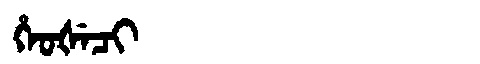
Manchu: ᡥᡝᠣᡧᡝᠴᡳ
Romanization: HEOŠECI